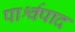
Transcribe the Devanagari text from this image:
पार्श्वपाद